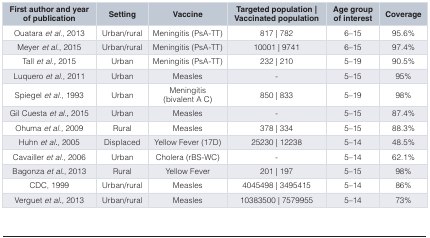
| First author and yearof publication | Setting | Vaccine | Targeted population |Vaccinated population | Age groupof interest | Coverage |
 | --- | --- | --- | --- | --- | --- |
 | Ouataraet al., 2013 | Urban/rural | Meningitis (PsA-TT) | 817 | 782 | 6–15 | 95.6% |
 | Meyeret al., 2015 | Urban/rural | Meningitis (PsA-TT) | 10001 | 9741 | 6–15 | 97.4% |
 | Tallet al., 2015 | Urban | Meningitis (PsA-TT) | 232 | 210 | 5–19 | 90.5% |
 | Luqueroet al., 2011 | Urban | Measles | - | 5–15 | 95% |
 | Spiegelet al., 1993 | Urban | Meningitis(bivalent A C) | 850 | 833 | 5–19 | 98% |
 | Gil Cuestaet al., 2015 | Urban | Measles | - | 5–15 | 87.4% |
 | Ohumaet al., 2009 | Rural | Measles | 378 | 334 | 5–15 | 88.3% |
 | Huhnet al., 2005 | Displaced | Yellow Fever (17D) | 25230 | 12238 | 5–14 | 48.5% |
 | Cavailleret al., 2006 | Urban | Cholera (rBS-WC) | - | 5–14 | 62.1% |
 | Bagonzaet al., 2013 | Rural | Yellow Fever | 201 | 197 | 5–15 | 98% |
 | CDC, 1999 | Urban/rural | Measles | 4045498 | 3495415 | 5–14 | 86% |
 | Verguetet al., 2013 | Urban/rural | Measles | 10383500 | 7579955 | 5–14 | 73% |